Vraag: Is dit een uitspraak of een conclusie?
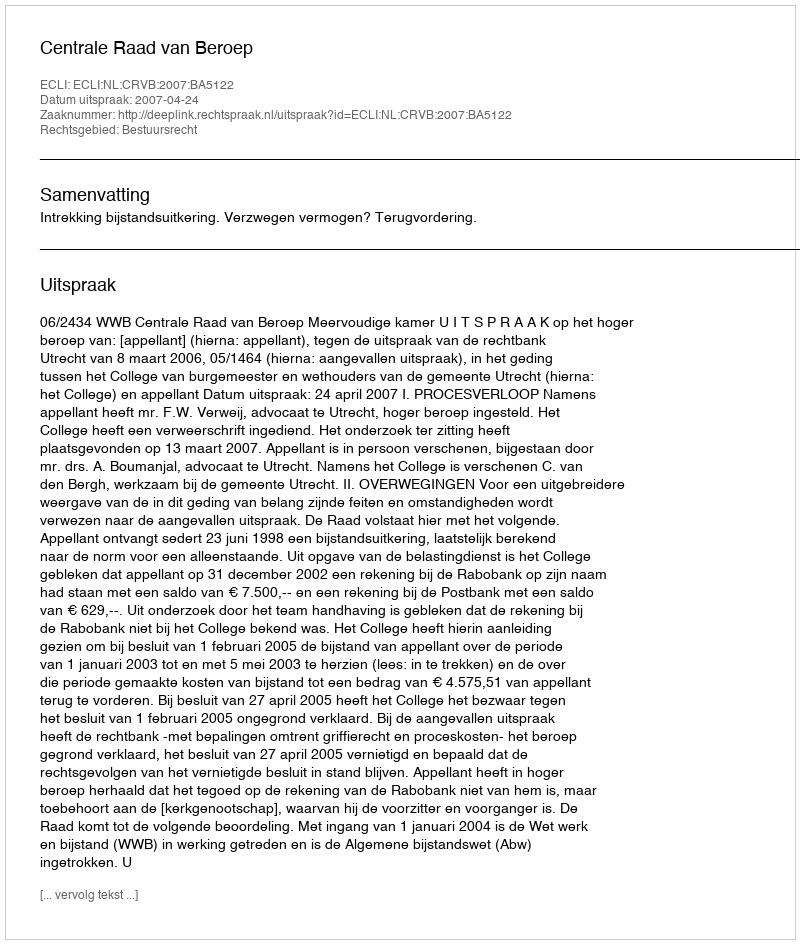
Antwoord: Uitspraak